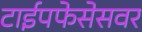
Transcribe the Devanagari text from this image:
टाईपफेसेसवर